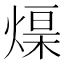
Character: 𤌓